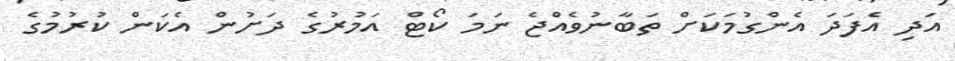
އަދި އެފަދަ އެންގުމަކަށް ތަބާނުވެއްޖެ ނަމަ ކޯޓް އަމުރުގެ ދަށުން އެކަން ކުރުމުގެ